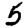
Digit: 5